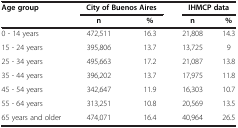
| Age group | <COLSPAN=2> City of Buenos Aires | <COLSPAN=2> IHMCP data |
 |  | n | % | n | % |
 | --- | --- | --- | --- | --- |
 | 0 - 14 years | 472,511 | 16.3 | 21,808 | 14.3 |
 | 15 - 24 years | 395,806 | 13.7 | 13,725 | 9 |
 | 25 - 34 years | 495,663 | 17.2 | 21,087 | 13.8 |
 | 35 - 44 years | 396,202 | 13.7 | 17,975 | 11.8 |
 | 45 - 54 years | 342,647 | 11.9 | 16,303 | 10.7 |
 | 55 - 64 years | 313,251 | 10.8 | 20,569 | 13.5 |
 | 65 years and older | 474,071 | 16.4 | 40,964 | 26.5 |